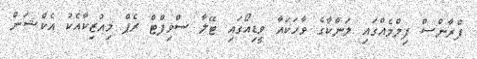
ފްރާންސް ފިލްމެއްގައި ލަންކާގެ ވާހަކައާ ވީޑިއޯގައި ޓޭލާ ސްވިފްޓް ރެޕް މިއުޒިކާއެކު އެކްޝަން